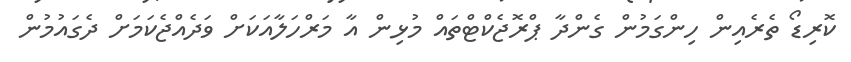
ކޮރިޑޯ ތެރެއިން ހިންގަމުން ގެންދާ ޕްރޮޖެކްޓްތައް މުޅިން އާ މަރްހަލާއަކަށް ވަދެއްޖެކަމަށް ދެގައުމުން